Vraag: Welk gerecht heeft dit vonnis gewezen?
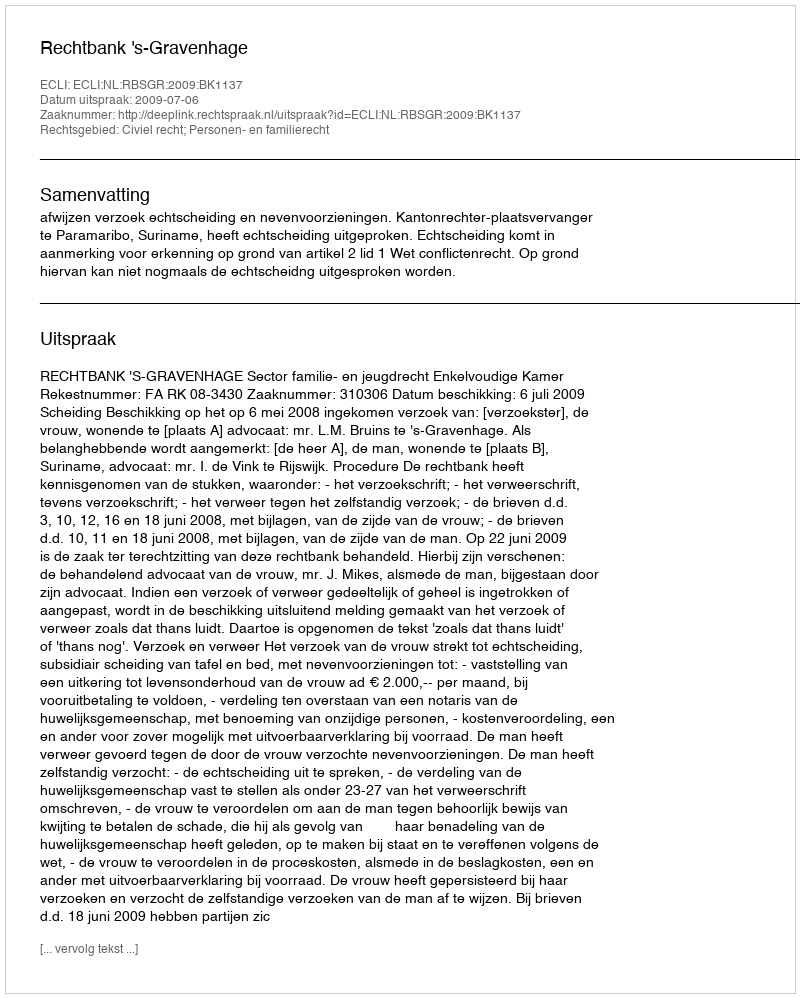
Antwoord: Rechtbank 's-Gravenhage